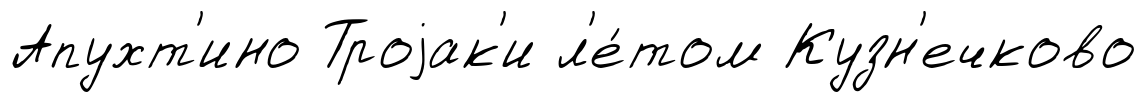
Апухт'ино Троjак'и л'е́том Кузн'ечково